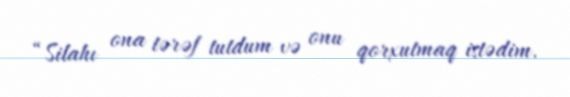
“Silahı ona tərəf tutdum və onu qorxutmaq istədim.